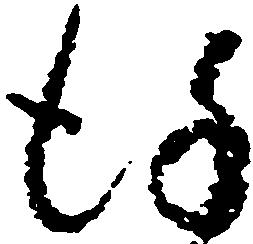
謹